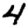
Digit: 4